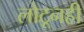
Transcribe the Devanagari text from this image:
लोटूनही